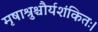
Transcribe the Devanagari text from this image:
मृषाश्रुश्चौर्यशंकितः।